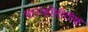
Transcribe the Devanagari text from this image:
चाल्कॉलीठीक